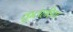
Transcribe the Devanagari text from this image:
कुलहड़िया